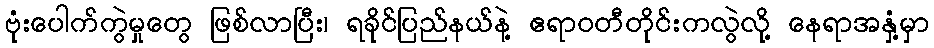
ဗုံးပေါက်ကွဲမှုတွေ ဖြစ်လာပြီး၊ ရခိုင်ပြည်နယ်နဲ့ ဧရာဝတီတိုင်းကလွဲလို့ နေရာအနှံ့မှာ